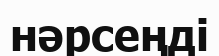
нәрсеңді